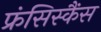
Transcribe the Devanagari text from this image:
फ्रंसिस्कैंस